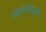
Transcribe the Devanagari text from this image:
लिमिटेडद्वारा